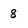
Character: 8